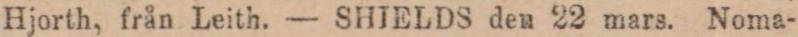
Hjorth, från Leith. — SHIELDS den 22 mars. Noma-